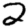
Digit: 2